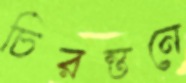
চিরন্তনে